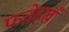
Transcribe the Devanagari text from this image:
फतेहखाँ